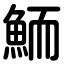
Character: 鮞